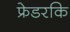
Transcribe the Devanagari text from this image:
फ्रेडरकि